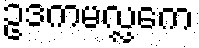
ဥဒကမလ္လကေ